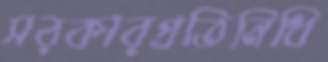
সরকারপ্রতিনিধি